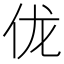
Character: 𫢒